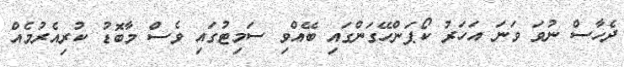
ދެހާސް ނުވަ ވަނަ އަހަރު ކޯޕަންހޭގަންގައި ބޭއްވި ސަމިޓުގައި ވެސް މާބޮޑު ކުރިއެރުމެއް